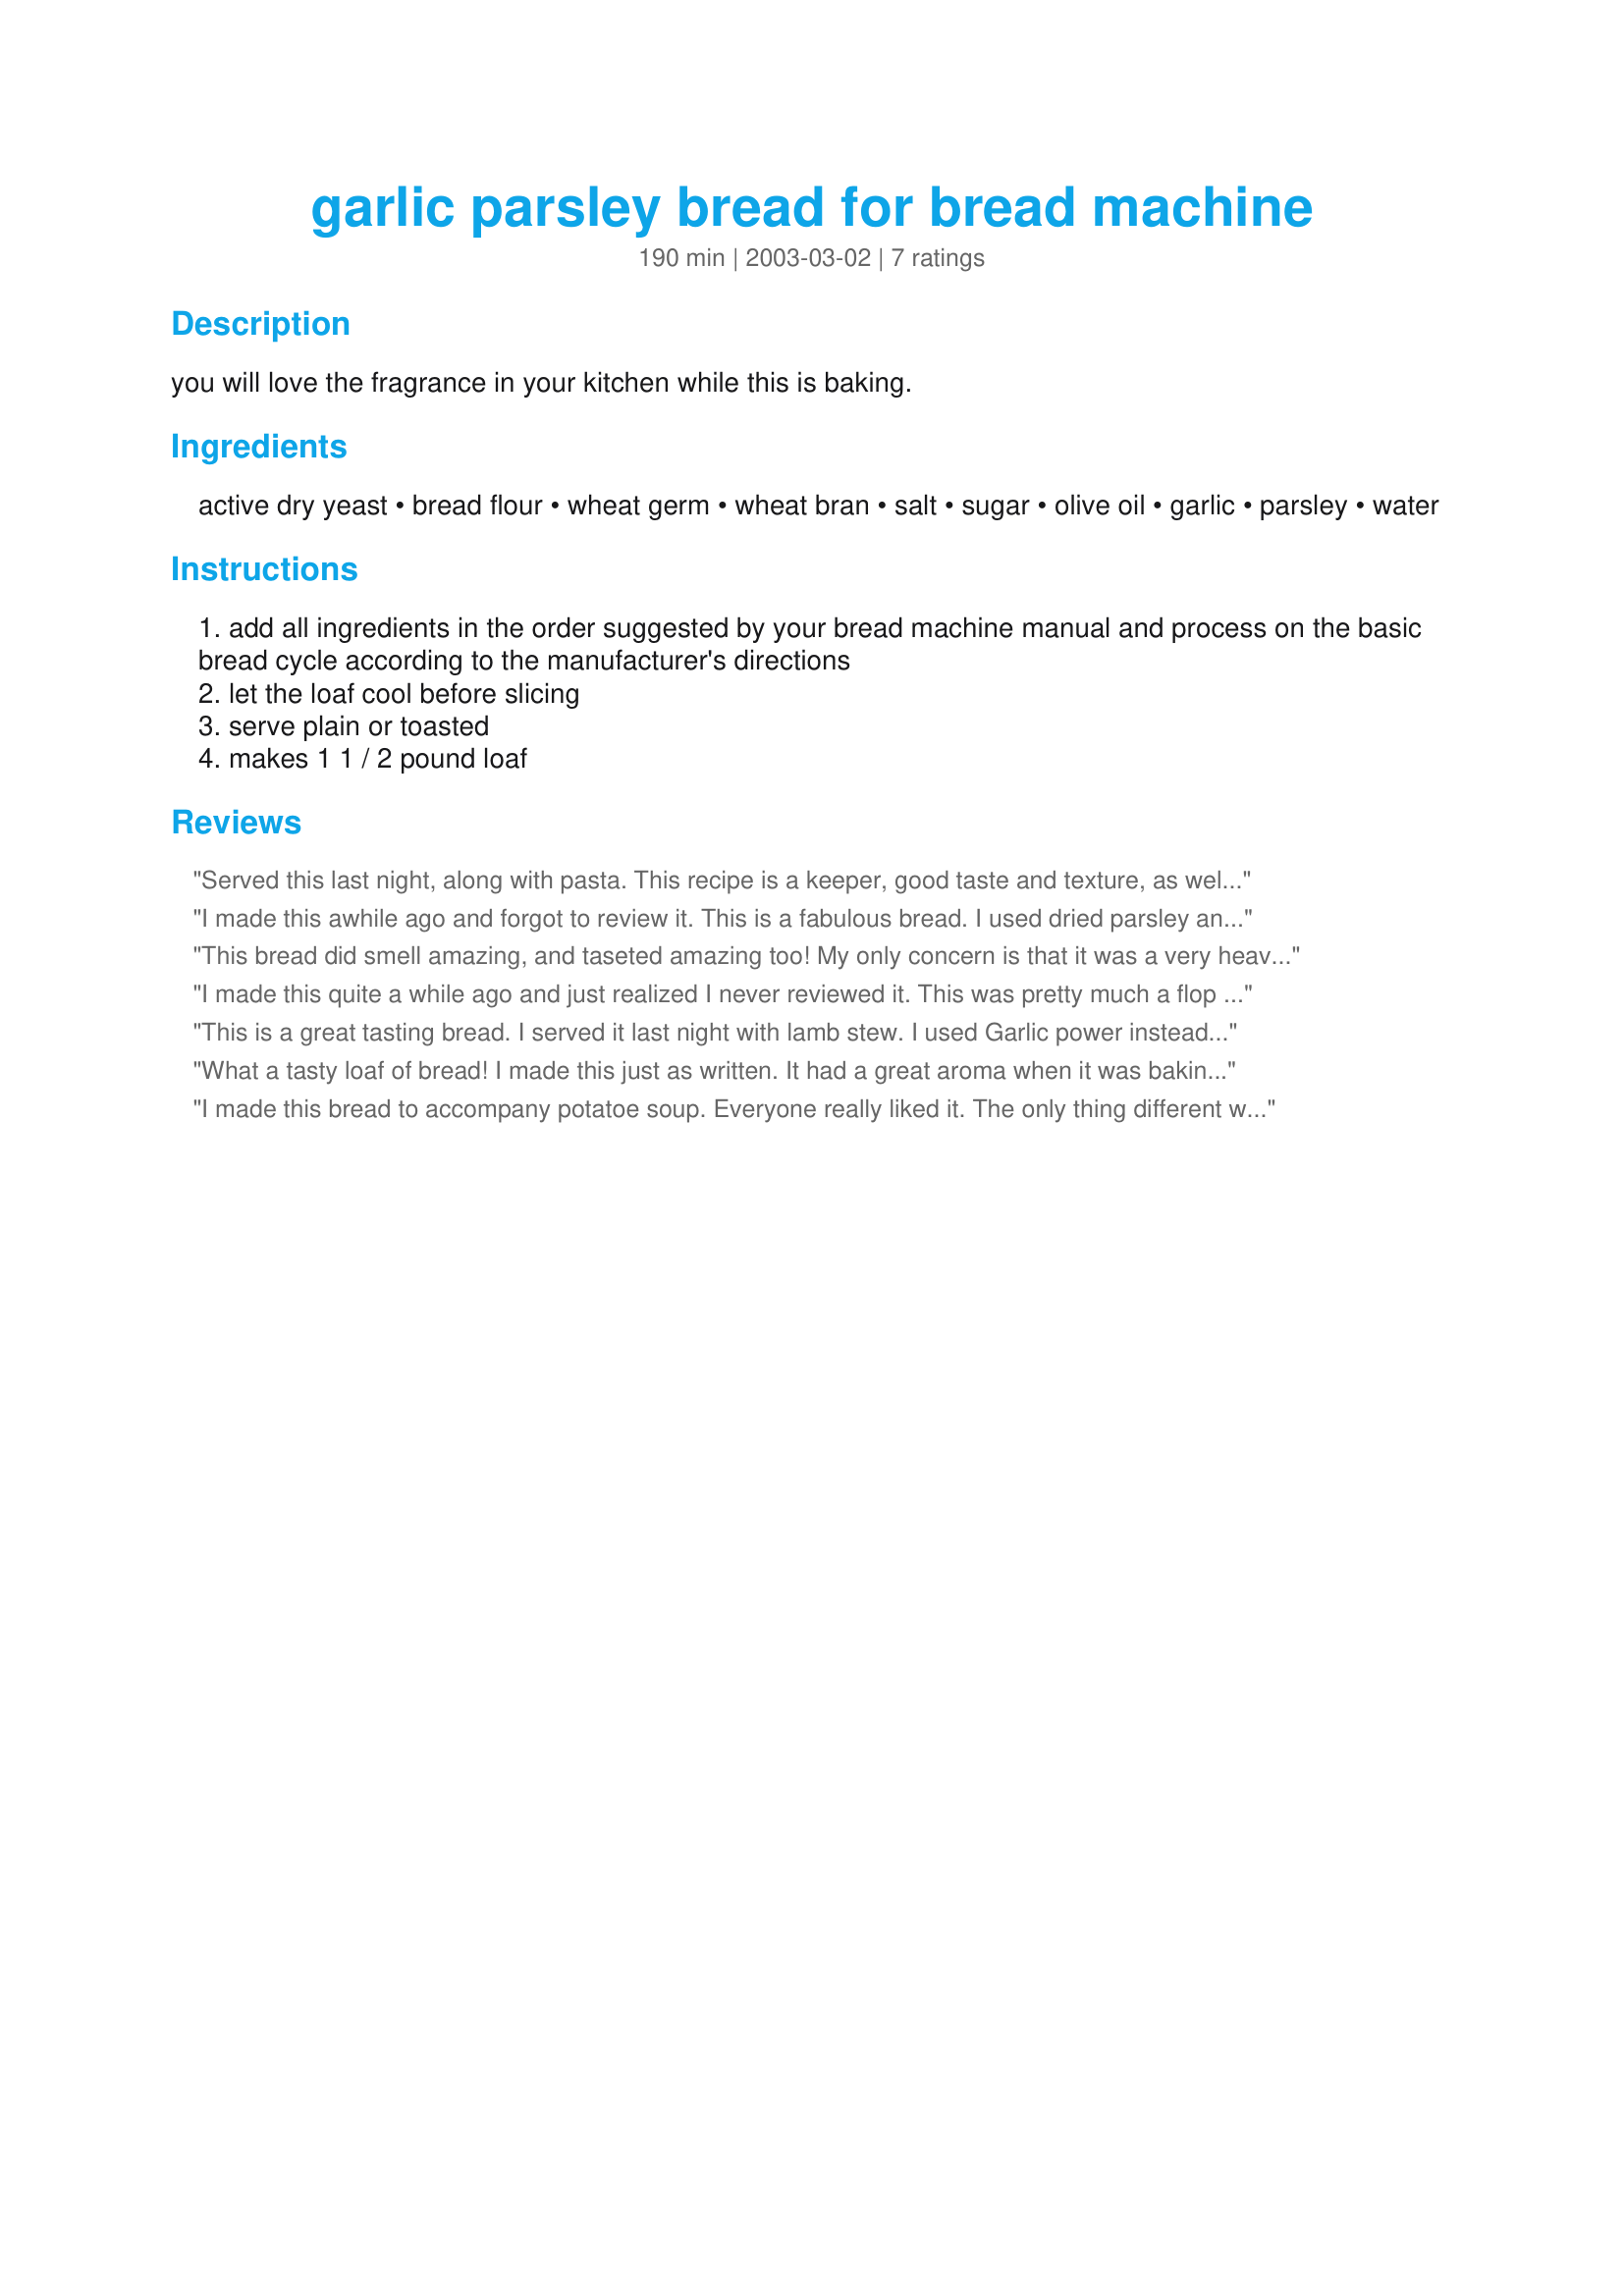
garlic parsley bread for bread machine
Preparation time: 190 minutes

you will love the fragrance in your kitchen while this is baking.

Ingredients:
active dry yeast, bread flour, wheat germ, wheat bran, salt, sugar, olive oil, garlic, parsley, water

Steps:
add all ingredients in the order suggested by your bread machine manual and process on the basic bread cycle according to the manufacturer's directions
let the loaf cool before slicing
serve plain or toasted
makes 1 1 / 2 pound loaf

Reviews:
Served this last night, along with pasta. This recipe is a keeper, good taste and texture, as well as the added health benefits of wheat germ and bran. I didn't have fresh parsley, so I used 1 tsp. of dried.
I made this awhile ago and forgot to review it. This is a fabulous bread. I used dried parsley and garlic powder and I didn't have wheat bran so I just upped the amount of wheat germ. It turned out moist and very yummy! Thanks for sharing. :)
This bread did smell amazing, and taseted amazing too! My only concern is that it was a very heavy loaf. I also used dried parsley, and I didn't use the wheat bran because I didn't have any on hand. Maybe that's a reason it was so heavy, I don't know.
I made this quite a while ago and just realized I never reviewed it. This was pretty much a flop in my machine - didn't rise well and ended up crispy-cruncy around the edges and dense. The flavor was OK - but nothing extraordinary. Not a bad recipe as far as flavor goes but not anything I'll be making again.
This is a great tasting bread. I served it last night with lamb stew. I used Garlic power instead or garlic cloves. A family favorite.
What a tasty loaf of bread! I made this just as written. It had a great aroma when it was baking, and was very tasty as toast this morning, slathered with butter. Can't wait for my lunchtime sammich! Thanks, Geema, this is a winner!
I made this bread to accompany potatoe soup. Everyone really liked it. The only thing different was I used dry granulated garlic,( It was faster) and thyme as well as parsley. Very good!
